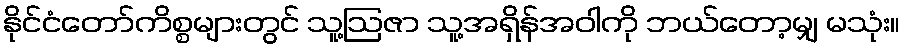
နိုင်ငံတော်ကိစ္စများတွင် သူ့ဩဇာ သူ့အရှိန်အဝါကို ဘယ်တော့မျှ မသုံး။